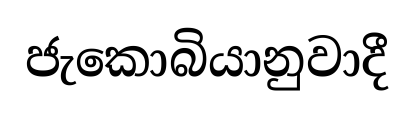
ජැකොබියානුවාදී